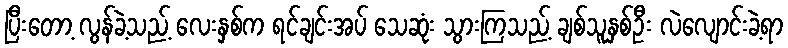
ပြီးတော့ လွန်ခဲ့သည့် လေးနှစ်က ရင်ချင်းအပ် သေဆုံး သွားကြသည့် ချစ်သူနှစ်ဦး လဲလျောင်းခဲ့ရာ